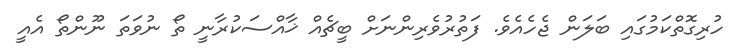
ހުރިގޮތްކަމުގައި ބަލަން ޖެހެއެވެ. ފަތުރުވެރިންނަށް ބީޗެއް ޚާއްސަކުރާނީ ތޯ ނުވަތަ ނޫންތޯ އެއީ